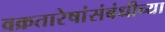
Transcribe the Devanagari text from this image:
वक्रतारेषांसंबंधीच्या